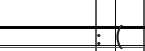
: (